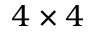
4 \times 4